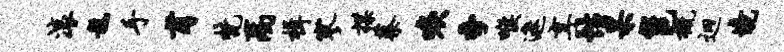
滚龙手甫梵禹楫寥揲蔡唳季喉遮享性杲邕概迥境